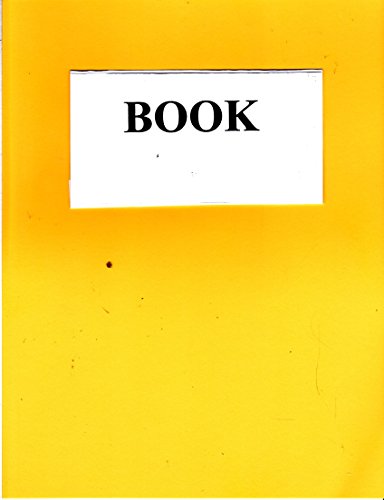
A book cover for Correlative Neuroanatomy; Chusid. Joseph Degroot J.; Medical Books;